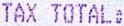
TAX TOTAL: